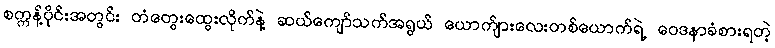
စက္ကန့်ပိုင်းအတွင်း တံတွေးထွေးလိုက်နဲ့ ဆယ်ကျော်သက်အရွယ် ယောက်ျားလေးတစ်ယောက်ရဲ့ ဝေဒနာခံစားရတဲ့